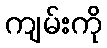
ကျမ်းကို